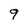
Character: 9